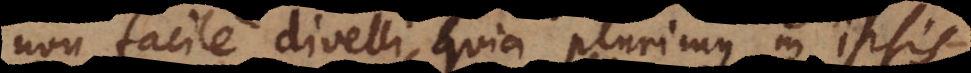
non facile divelli, quia plurimus in ipsis